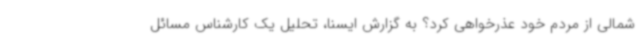
شمالی از مردم خود عذرخواهی کرد؟ به گزارش ایسنا، تحلیل یک کارشناس مسائل